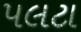
પલટા